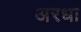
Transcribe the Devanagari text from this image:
अरधा